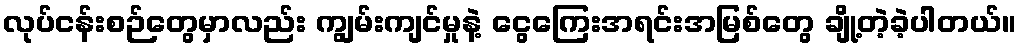
လုပ်ငန်းစဉ်တွေမှာလည်း ကျွမ်းကျင်မှုနဲ့ ငွေကြေးအရင်းအမြစ်တွေ ချို့တဲ့ခဲ့ပါတယ်။